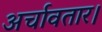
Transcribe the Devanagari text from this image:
अर्चावतार।